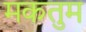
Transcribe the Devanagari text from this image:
मकतुम